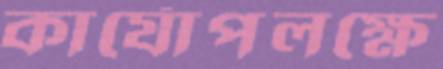
কার্যোপলক্ষে